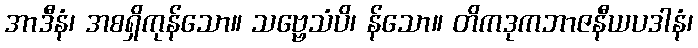
အာဒီနံ၊ အစရှိကုန်သော။ သဗ္ဗေသံပိ၊ န်သော။ တိကဒုကဘာဇနီယပဒါနံ၊